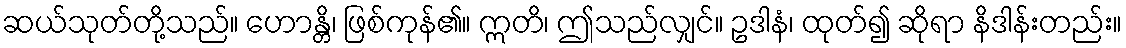
ဆယ်သုတ်တို့သည်။ ဟောန္တိ၊ ဖြစ်ကုန်၏။ ဣတိ၊ ဤသည်လျှင်။ ဥဒါနံ၊ ထုတ်၍ ဆိုရာ နိဒါန်းတည်း။